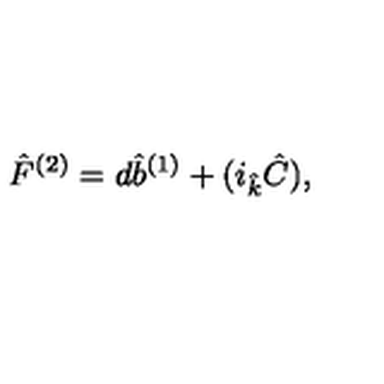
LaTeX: { \hat { F } } ^ { ( 2 ) } = d { \hat { b } } ^ { ( 1 ) } + ( i _ { \hat { k } } { \hat { C } } ) ,